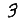
Digit: 3